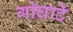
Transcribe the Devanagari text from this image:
गोघाटे